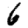
Digit: 6